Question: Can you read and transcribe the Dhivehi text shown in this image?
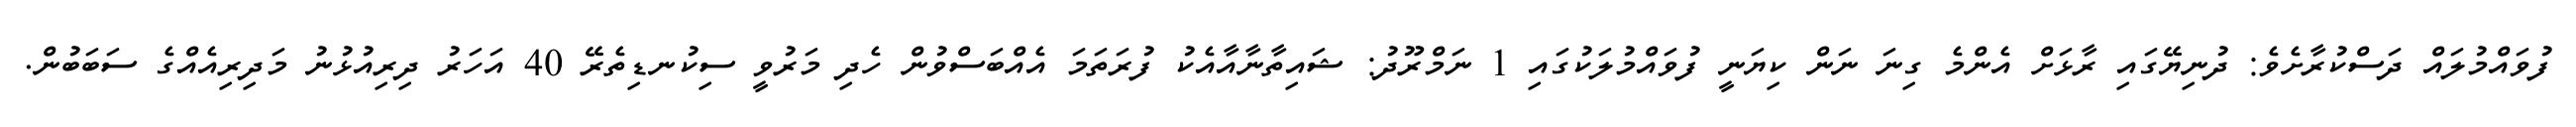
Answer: ފުވައްމުލައް ދަސްކުރާށެވެ: ދުނިޔޭގައި ރާޅަށް އެންމެ ގިނަ ނަން ކިޔަނީ ފުވައްމުލަކުގައި 1 ނަމްރޫދު: ޝައިތާނާއާއެކު ފުރަތަމަ އެއްބަސްވުން ހެދި މަރުވީ ސިކުނޑިތެރޭ 40 އަހަރު ދިރިއުޅުނު މަދިރިއެއްގެ ސަބަބުން.